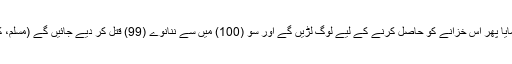
آپ ؐنے فرمایا پھر اس خزانے کو حاصل کرنے کے لیے لوگ لڑیں گے اور سو (100) میں سے ننانوے (99) قتل کر دیے جائیں گے (مسلم، کتاب الفتن)۔